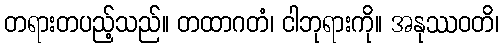
တရားတပည့်သည်။ တထာဂတံ၊ ငါဘုရားကို။ အနုဿဝတိ၊